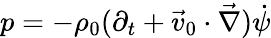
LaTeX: p=-\rho_{0}(\partial_{t}+\vec{v}_{0}\cdot\vec{\nabla})\dot{\psi}